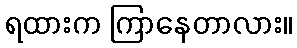
ရထားက ကြာနေတာလား။